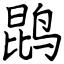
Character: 鹍